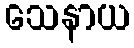
သေနာယ